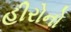
હીરોનો